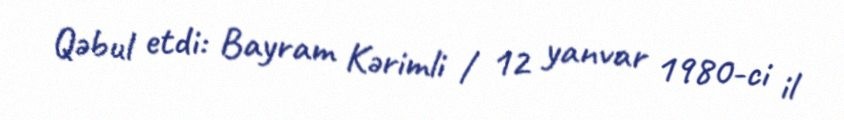
Qəbul etdi: Bayram Kərimli / 12 yanvar 1980-ci il